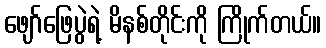
ဖျော်ဖြေပွဲရဲ့ မိနစ်တိုင်းကို ကြိုက်တယ်။